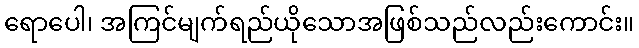
ရောပေါ၊ အကြင်မျက်ရည်ယိုသောအဖြစ်သည်လည်းကောင်း။